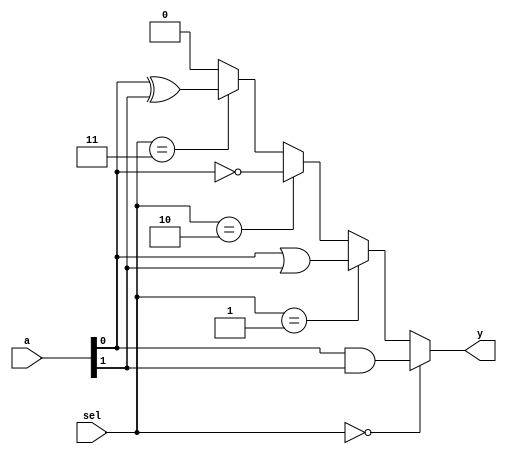
module CLB (
    input wire [5:0] a,          // 6 inputs (a[0] to a[5])
    input wire [1:0] sel,        // 2-bit select signal for function selection
    output wire y                // Output
);

// Intermediate signals for various logic functions
wire and_out, or_out, not_out, xor_out;

// Implementing basic logic functions
assign and_out = a[0] & a[1];  // AND function
assign or_out  = a[0] | a[1];  // OR function
assign not_out = ~a[0];         // NOT function
assign xor_out = a[0] ^ a[1];  // XOR function

// Multiplexer to select the desired output based on 'sel'
assign y = (sel == 2'b00) ? and_out :   // Select AND function
           (sel == 2'b01) ? or_out :    // Select OR function
           (sel == 2'b10) ? not_out :   // Select NOT function
           (sel == 2'b11) ? xor_out : 1'b0; // Select XOR function

endmodule